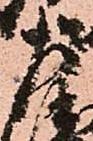
左